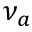
\nu _ { a }